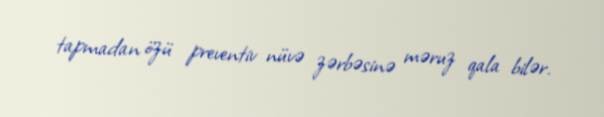
tapmadan özü preventiv nüvə zərbəsinə məruz qala bilər.